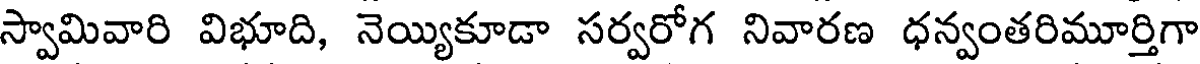
స్వామివారి విభూది, నెయ్యికూడా సర్వరోగ నివారణ ధన్వంతరిమూర్తిగా